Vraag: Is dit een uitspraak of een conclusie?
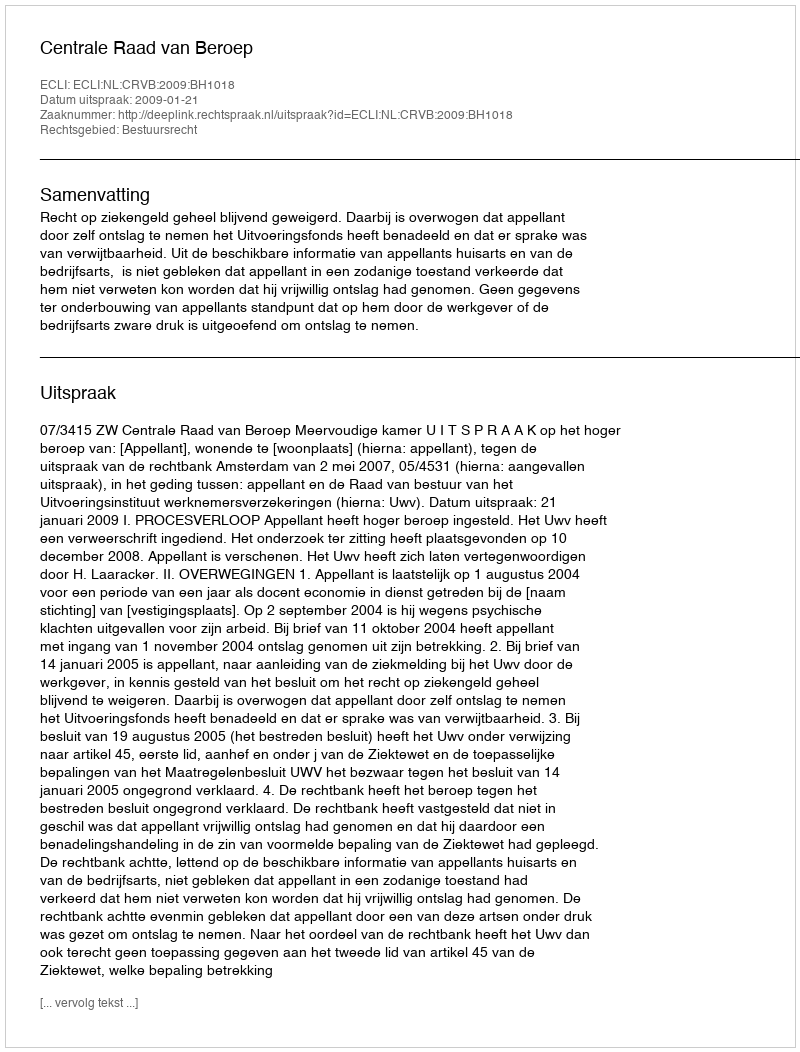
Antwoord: Uitspraak